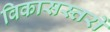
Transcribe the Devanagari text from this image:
विकासस्तरों